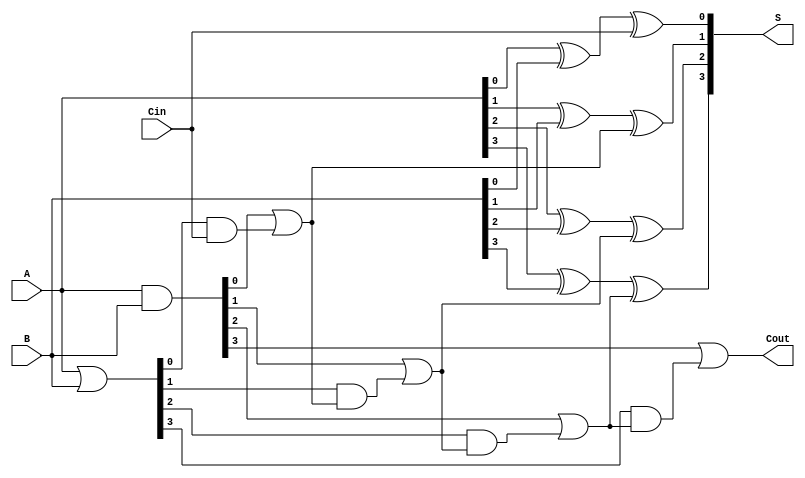
module CLA_4bit (
    input  [3:0] A,      // 4-bit input A
    input  [3:0] B,      // 4-bit input B
    input        Cin,     // Carry input
    output [3:0] S,      // 4-bit sum output
    output       Cout     // Carry output
);

    // Generate and Propagate signals
    wire [3:0] G; // Generate signals
    wire [3:0] P; // Propagate signals
    wire C1, C2, C3; // Intermediate carry signals

    // Calculate Generate and Propagate signals
    assign G = A & B;          // Gi = Ai AND Bi
    assign P = A | B;          // Pi = Ai OR Bi

    // Calculate carry signals
    assign C1 = G[0] | (P[0] & Cin);            // C1 = G0 + (P0 AND Cin)
    assign C2 = G[1] | (P[1] & C1);              // C2 = G1 + (P1 AND C1)
    assign C3 = G[2] | (P[2] & C2);              // C3 = G2 + (P2 AND C2)
    assign Cout = G[3] | (P[3] & C3);            // Cout = G3 + (P3 AND C3)

    // Calculate sum bits
    assign S[0] = A[0] ^ B[0] ^ Cin;             // S0 = A0 XOR B0 XOR Cin
    assign S[1] = A[1] ^ B[1] ^ C1;              // S1 = A1 XOR B1 XOR C1
    assign S[2] = A[2] ^ B[2] ^ C2;              // S2 = A2 XOR B2 XOR C2
    assign S[3] = A[3] ^ B[3] ^ C3;              // S3 = A3 XOR B3 XOR C3

endmodule